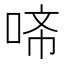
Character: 𭈇